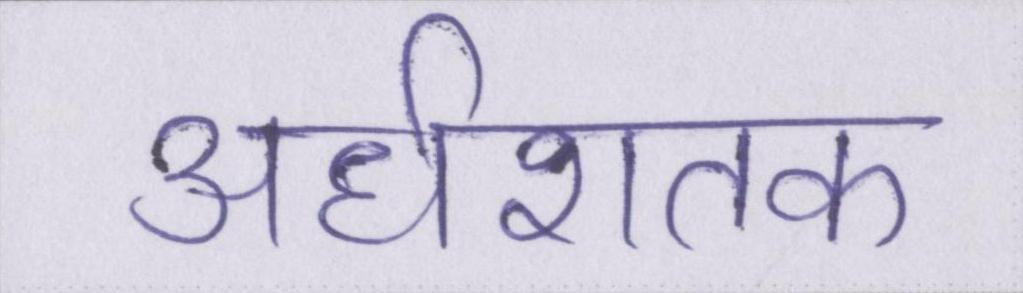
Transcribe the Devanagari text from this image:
अर्धशतक